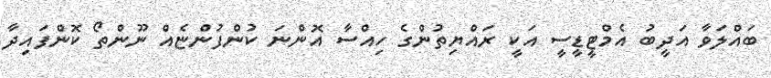
ބައްލަވާ އަދީބު އެމްޓީޑީސީ އަކީ ރައްޔިތުންގެ ހިއްސާ އޮންނަ ކުންފުންޏެއް ނޫންތޯ ކޮންފައިދާ